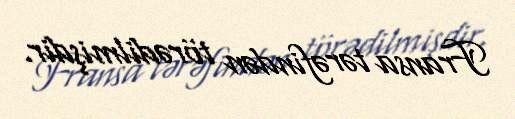
Fransa tərəfindən törədilmişdir.